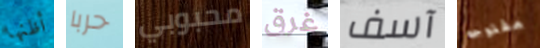
أظنها حربا محبوبي غرق آسف مفتوحه